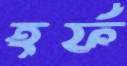
হর্ফ